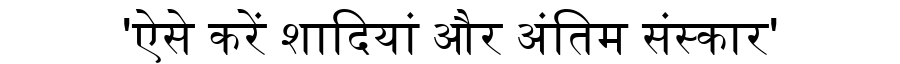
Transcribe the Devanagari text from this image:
'ऐसे करें शादियां और अंतिम संस्कार'